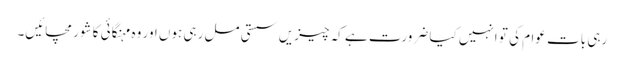
رہی بات عوام کی تو انہیں کیا ضرورت ہے کہ چیزیں سستی مل رہی ہوں اور وہ مہنگائی کا شور مچائیں۔